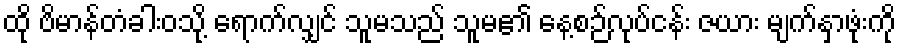
ထို ဗိမာန်တံခါးဝသို့ ရောက်လျှင် သူမသည် သူမ၏ နေ့စဉ်လုပ်ငန်း ဇယား မျက်နှာဖုံးကို